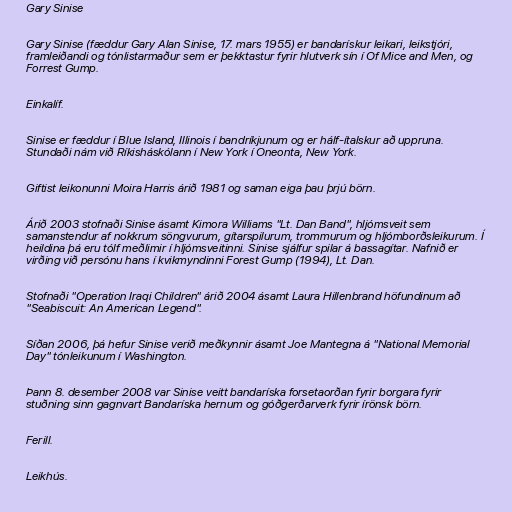
Gary Sinise

Gary Sinise (fæddur Gary Alan Sinise, 17. mars 1955) er bandarískur leikari, leikstjóri,
framleiðandi og tónlistarmaður sem er þekktastur fyrir hlutverk sín í Of Mice and Men, og
Forrest Gump.

Einkalíf.

Sinise er fæddur í Blue Island, Illinois í bandríkjunum og er hálf-ítalskur að uppruna.
Stundaði nám við Ríkisháskólann í New York í Oneonta, New York.

Giftist leikonunni Moira Harris árið 1981 og saman eiga þau þrjú börn.

Árið 2003 stofnaði Sinise ásamt Kimora Williams "Lt. Dan Band", hljómsveit sem
samanstendur af nokkrum söngvurum, gítarspilurum, trommurum og hljómborðsleikurum. Í
heildina þá eru tólf meðlimir í hljómsveitinni. Sinise sjálfur spilar á bassagítar. Nafnið er
virðing við persónu hans í kvikmyndinni Forest Gump (1994), Lt. Dan.

Stofnaði "Operation Iraqi Children" árið 2004 ásamt Laura Hillenbrand höfundinum að
"Seabiscuit: An American Legend".

Síðan 2006, þá hefur Sinise verið meðkynnir ásamt Joe Mantegna á "National Memorial
Day" tónleikunum í Washington.

Þann 8. desember 2008 var Sinise veitt bandaríska forsetaorðan fyrir borgara fyrir
stuðning sinn gagnvart Bandaríska hernum og góðgerðarverk fyrir írönsk börn.

Ferill.

Leikhús.